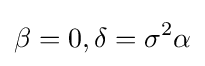
\beta =0,\delta =\sigma ^{2}\alpha